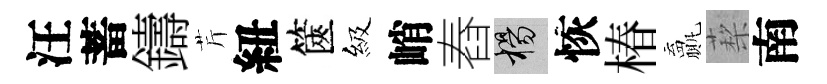
汪蓄鑄芹紐篋級峭舂楊恢椿贏蔾南